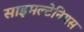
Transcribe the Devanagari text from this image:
साइमल्टेनियस